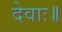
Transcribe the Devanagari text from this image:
देवाः॥